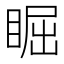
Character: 𥇣